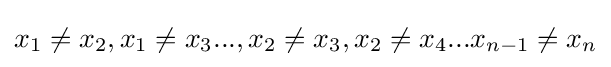
x_{1}\neq x_{2},x_{1}\neq x_{3}...,x_{2}\neq x_{3},x_{2}\neq x_{4}...x_{n-1}\neq x_{n}